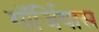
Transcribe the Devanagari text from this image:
गॉर्जियास